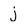
Character: j